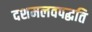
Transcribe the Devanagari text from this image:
दशमलवपद्धति